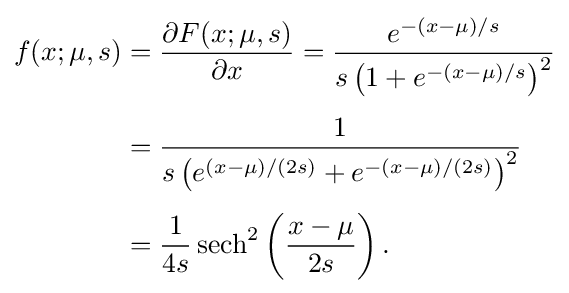
{\begin{aligned}f(x;\mu ,s)&={\frac {\partial F(x;\mu ,s)}{\partial x}}={\frac {e^{-(x-\mu )/s}}{s\left(1+e^{-(x-\mu )/s}\right)^{2}}}\\[4pt]&={\frac {1}{s\left(e^{(x-\mu )/(2s)}+e^{-(x-\mu )/(2s)}\right)^{2}}}\\[4pt]&={\frac {1}{4s}}\operatorname {sech} ^{2}\left({\frac {x-\mu }{2s}}\right).\end{aligned}}